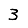
Digit: 3